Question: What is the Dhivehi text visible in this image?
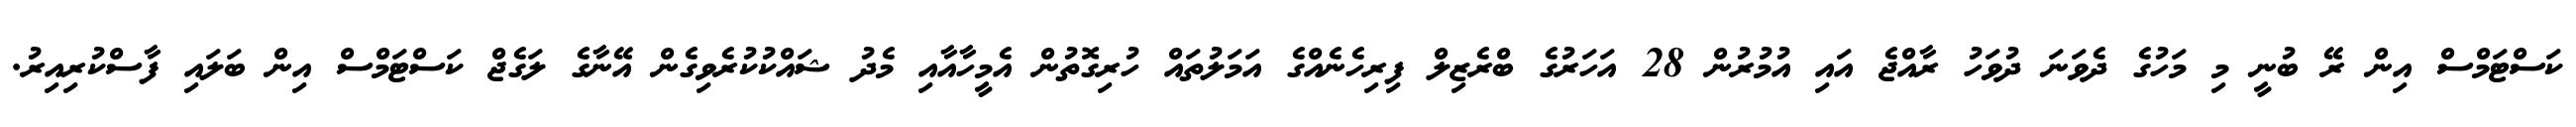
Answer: ކަސްޓަމްސް އިން ރޭ ބުނީ މި މަހުގެ ދެވަނަ ދުވަހު ރާއްޖެ އައި އުމުރުން 28 އަހަރުގެ ބްރެޒިލް ފިރިހެނެއްގެ އަމަލުތައް ހުރިގޮތުން އެމީހާއާއި މެދު ޝައްކުކުރެވިގެން އޭނާގެ ލަގެޖް ކަސްޓަމްސް އިން ބަލައި ފާސްކުރިއިރު.